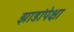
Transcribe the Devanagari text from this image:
झाडांपेक्षा